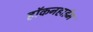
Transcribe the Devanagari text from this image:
हॉकनहाईम